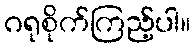
ဂရုစိုက်ကြည့်ပါ။